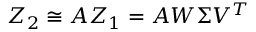
Z _ { 2 } \cong A Z _ { 1 } = A W \Sigma V ^ { T }